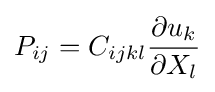
P_{ij}=C_{ijkl}{\frac {\partial u_{k}}{\partial X_{l}}}